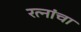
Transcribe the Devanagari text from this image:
रत्नांचा